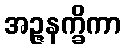
အဉ္ဇနက္ခိကာ